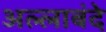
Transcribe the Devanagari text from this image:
अल्लाबंदे